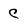
Character: C